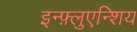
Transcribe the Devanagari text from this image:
इन्फ़्लुएन्शिय